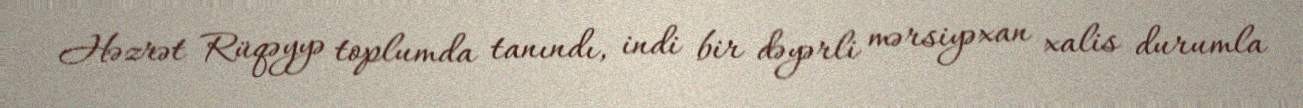
Həzrət Rüqəyyə toplumda tanındı, indi bir dəyərli mərsiyəxan xalis durumla